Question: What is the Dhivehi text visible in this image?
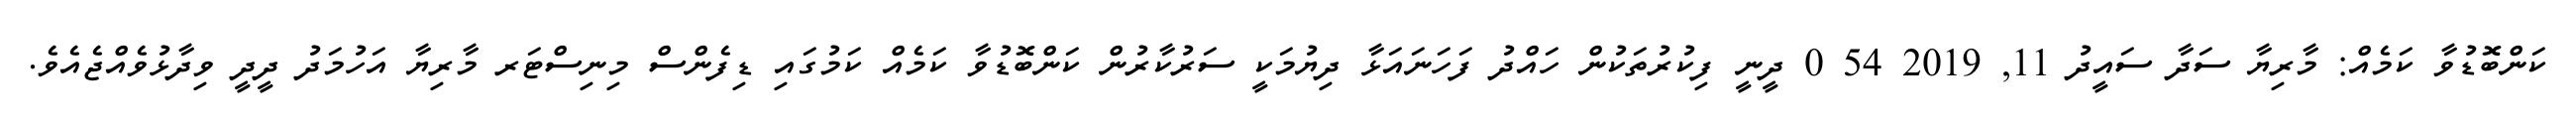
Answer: ކަންބޮޑުވާ ކަމެއް: މާރިޔާ ސަދާ ސައީދު 11, 2019 54 0 ދީނީ ފިކުރުތަކުން ހައްދު ފަހަނައަޅާ ދިޔުމަކީ ސަރުކާރުން ކަންބޮޑުވާ ކަމެއް ކަމުގައި ޑިފެންސް މިނިސްޓަރ މާރިޔާ އަހުމަދު ދީދީ ވިދާޅުވެއްޖެއެވެ.